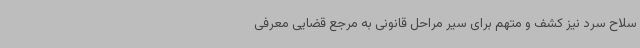
سلاح سرد نیز کشف و متهم برای سیر مراحل قانونی به مرجع قضایی معرفی